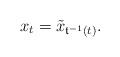
LaTeX: \begin{align*}{x}_t=\tilde{x}_{\mathfrak{t}^{-1}(t)}.\end{align*}